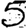
Digit: 5